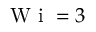
\textrm { W i } = 3